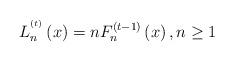
LaTeX: \begin{align*}L_{n}^{^{(t)}}\left( x\right) =nF_{n}^{(t-1)}\left( x\right) ,n\geq 1\end{align*}